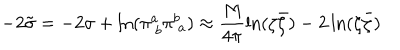
- 2 \tilde { \sigma } = - 2 \sigma + \ln ( \pi _ { ~ b } ^ { a } \pi _ { ~ a } ^ { b } ) \approx \frac { M } { 4 \pi } \ln ( \zeta \bar { \zeta } ) - 2 \ln ( \zeta \bar { \zeta } )